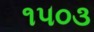
૧૫૦૩